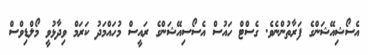
އެސޯޝިއޭޝަންގެ ފަރާތުންނެވެ. ގެސްޓް ހައުސް އެސޯސިއޭޝަންގެ ރައީސް މުހައްމަދު ކަރަމް ވިދާޅުވީ މޯލްޑިވްސް